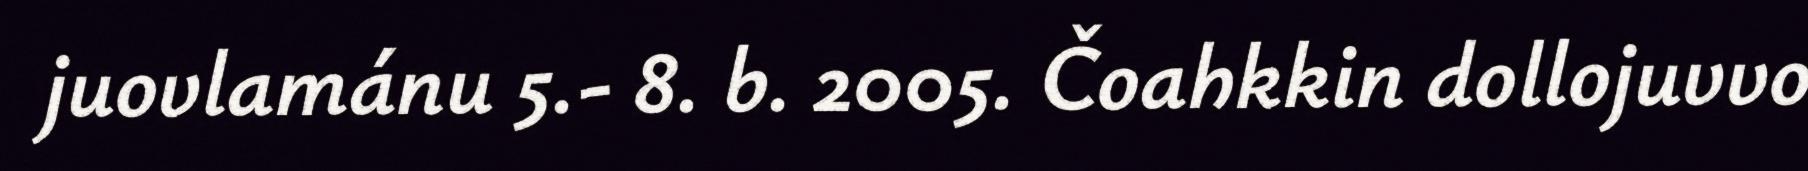
juovlamánu 5.- 8. b. 2005. Čoahkkin dollojuvvo